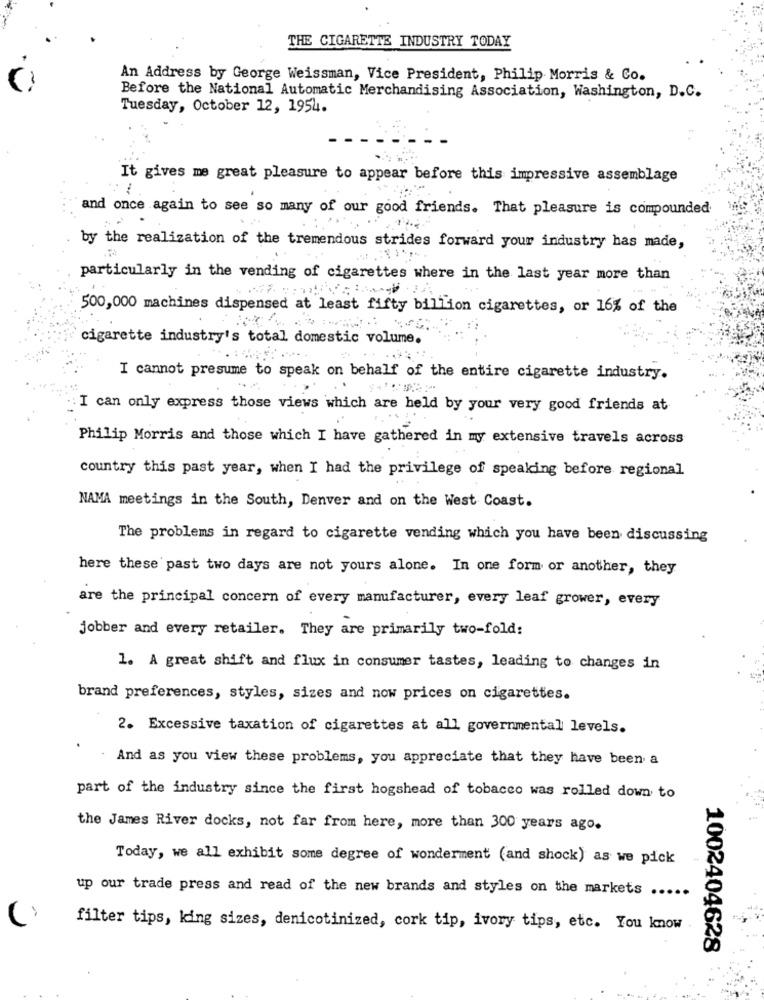
THE CIGARETTE INDUSTRY TODAY
An Address by George Weissman, Vice President, Philip Morris & Co.
C
Before the National Automatic Merchandising Association, Washington, D.C.
Tuesday, October 12, 1954.
It gives me great pleasure to appear before this impressive assemblage
: 1
and once again to see so many of our good friends. That pleasure is compounded
by the realization of the tremendous strides forward your industry has made,
particularly in the vending of cigarettes where in the last year more than
500,000 machines dispensed at least fifty billion cigarettes, or 16% of the
cigarette industry's total domestic volume.
I cannot presume to speak on behalf of the entire cigarette industry.
I can only express those views which are held by your very good friends at
Philip Morris and those which I have gathered in my extensive travels across
country this past year, when I had the privilege of speaking before regional
NAMA meetings in the South, Denver and on the West Coast.
The problems in regard to cigarette vending which you have been discussing
here these past two days are not yours alone. In one form or another, they
are the principal concern of every manufacturer, every leaf grower, every
jobber and every retailer. They are primarily two-fold:
1. A great shift and flux in consumer tastes, leading to changes in
brand preferences, styles, sizes and now prices on cigarettes.
2. Excessive taxation of cigarettes at all governmental levels.
And as you view these problems, you appreciate that they have been a
part of the industry since the first hogshead of tobacco was rolled down to
the James River docks, not far from here, more than 300 years ago.
Today, we all exhibit some degree of wonderment (and shock) as we pick
up our trade press and read of the new brands and styles on the markets ..
filter tips, king sizes, denicotinized, cork tip, ivory tips, etc. You know .
1002404628